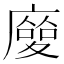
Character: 𢋌